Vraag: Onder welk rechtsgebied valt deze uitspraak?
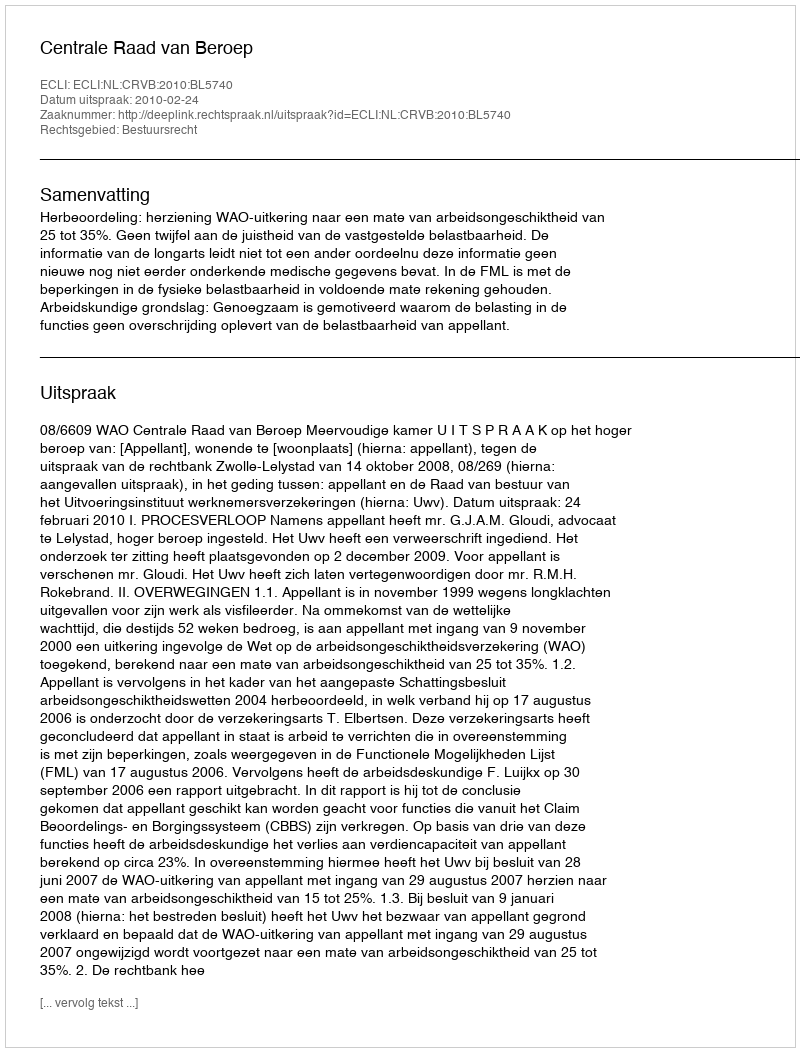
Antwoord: Bestuursrecht